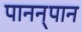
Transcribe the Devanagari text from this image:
पानन्‌पान